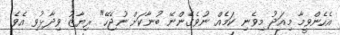
އެހެންވީމާ މިއަދު މިވެނި ކަމެއް ނުވެގެންނޭ ބުނާކަށް ނުޖެހޭ" ރިޔާޒު ވިދާޅުވި އެވެ.